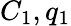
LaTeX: C_{1},q_{1}